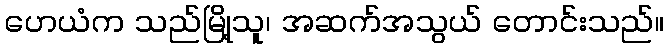
ဟေယံက သည်မြို့သူ၊ အဆက်အသွယ် တောင်းသည်။